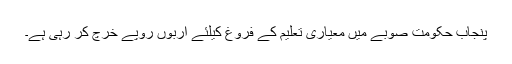
پنجاب حکومت صوبے میں معیاری تعلیم کے فروغ کیلئے اربوں روپے خرچ کر رہی ہے۔